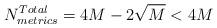
LaTeX: \begin{align*}N_{metrics}^{Total}= 4M-2\sqrt{M} < 4M\end{align*}